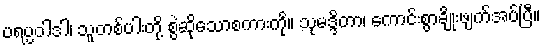
ပရပ္ပဝါဒါ၊ သူတစ်ပါးတို့ စွဲဆိုသောစကားကို။ သုမဒ္ဒိတာ၊ ကောင်းစွာချိုးဖျက်အပ်ပြီ။